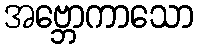
အဗ္ဘောကာသော